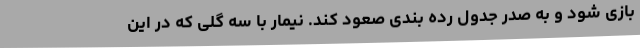
بازی شود و به صدر جدول رده بندی صعود کند. نیمار با سه گلی که در این